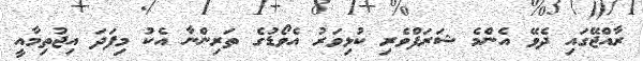
ރާއްޖޭގައި ދެވޭ އެންމެ ޝަރަފްވެރި ކުޅިވަރު އެވޯޑުގެ ތަރިންނާ އެކު މިފަދަ އިޖުތިމާއީ